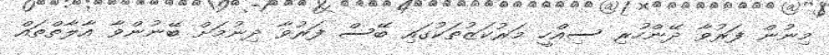
މިނުން ފަރުވާ ދޭންހުރި ސިއްހީ މަރުކަޒުތަކުގައި ބޭސް ފަރުވާ ދިނުމަށް ބޭނުންވާ އާލާތްތައް